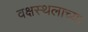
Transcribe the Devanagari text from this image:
वक्षस्थलाच्या